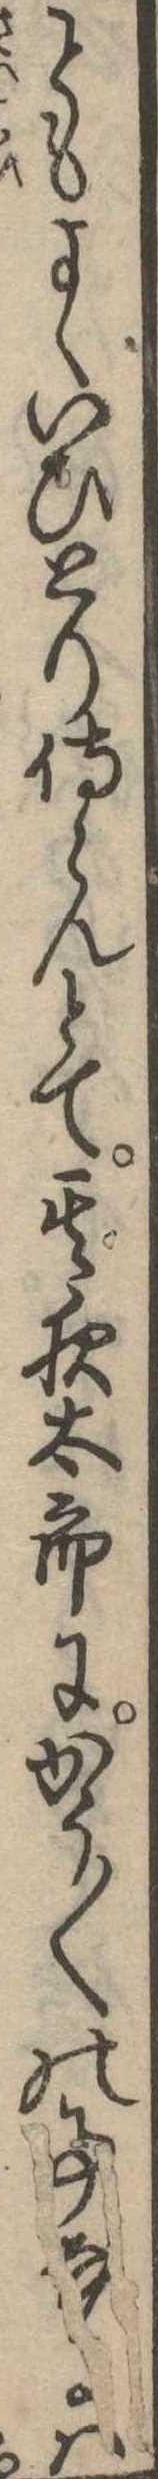
ともよくいひとり侍らんとて其夜太郎にかう〱の事なるは